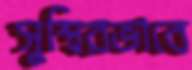
সুস্থিরভাবে